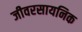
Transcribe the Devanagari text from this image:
जीवरसायनिक